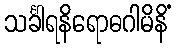
သင်္ခါရနိရောဓဂါမိနိံ